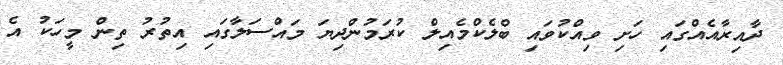
ދާއިރާއެއްގައި ހަށި ވިއްކުވައި ބްލެކްމެއިލް ކުރަމުންދިޔަ މައްސަލާގައި އިތުރު ތިން މީހަކު އެ